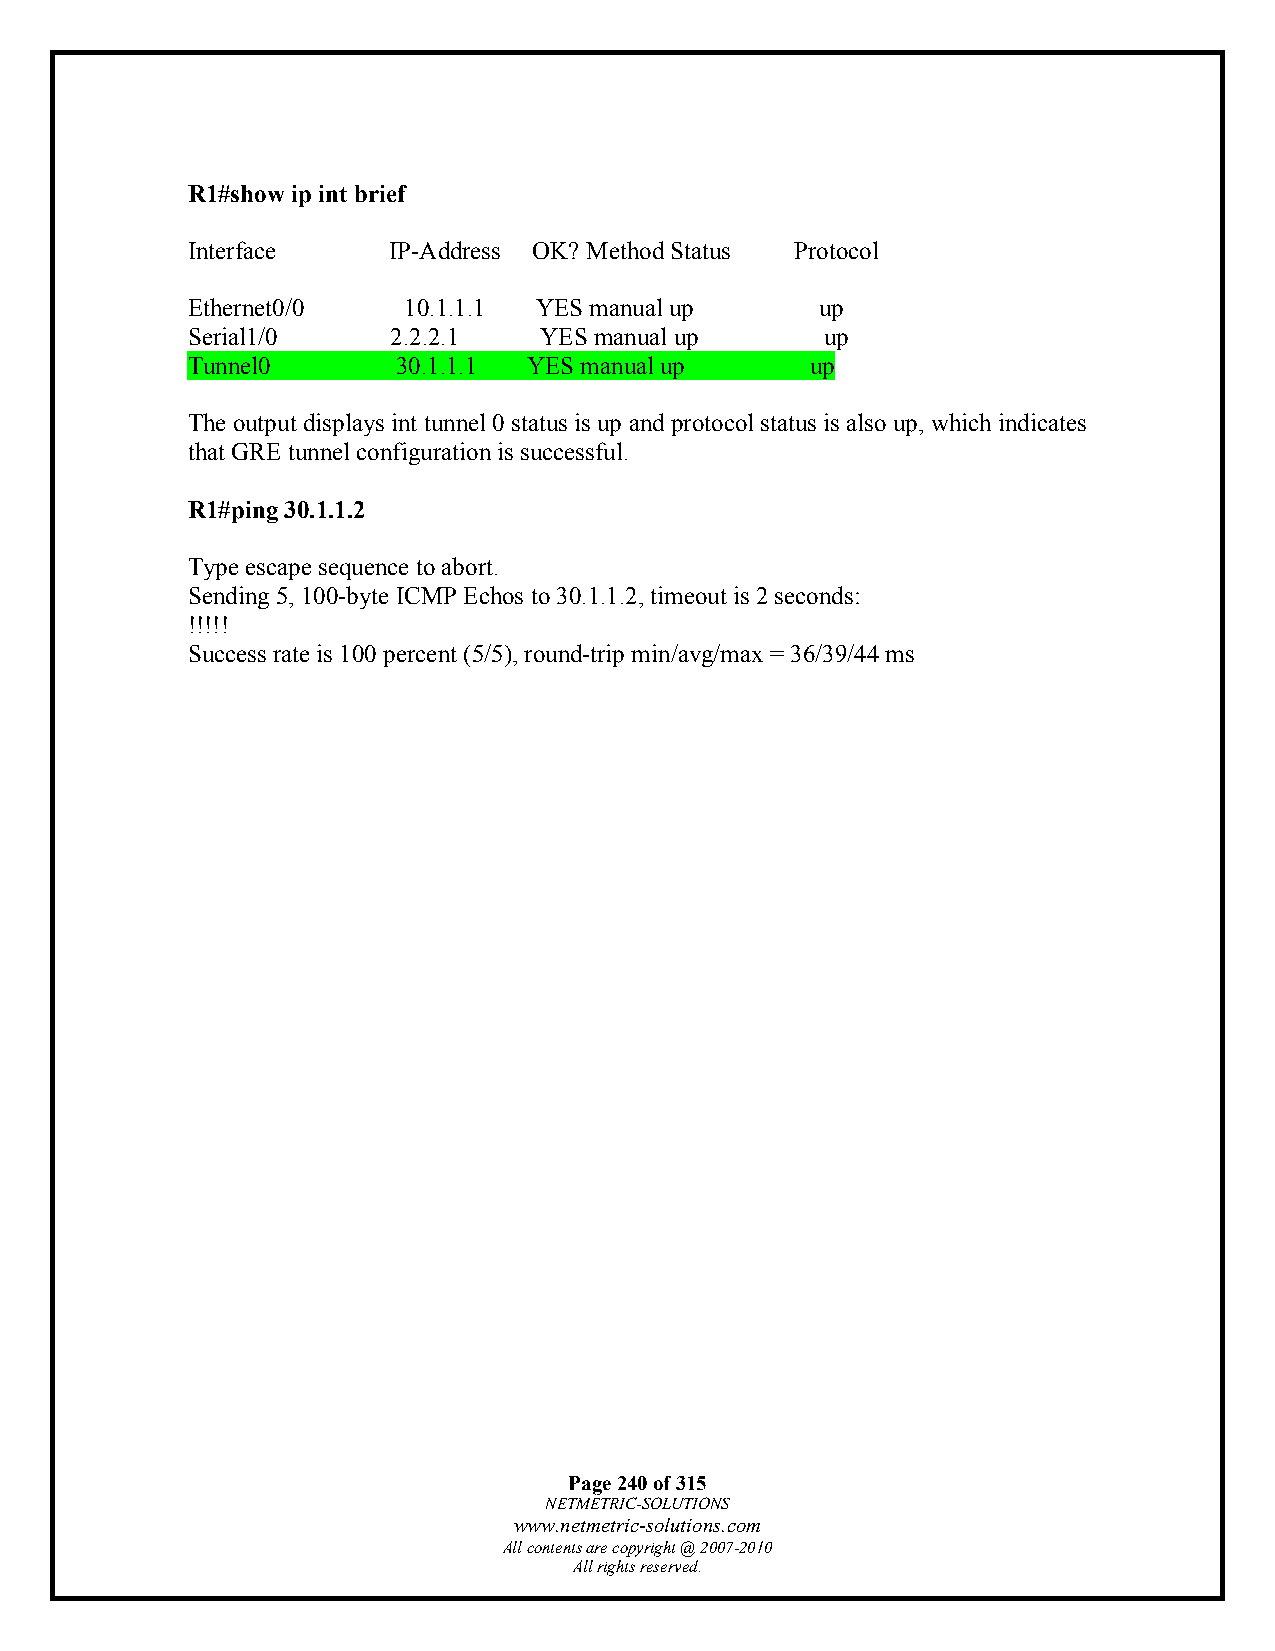
R1#show ip int brief
 Interface     IP-Address OK? Method Status Protocol
 Ethernet0/0    10.1.1.1 YES manual up     up
 Serial1/0     2.2.2.1   YES manual up      up
 Tunnel0       30.1.1.1 YES manual up      up
 The output displays int tunnel 0 status is up and protocol status is also up, which indicates
 that GRE tunnel configuration is successful.
 R1#ping 30.1.1.2
 Type escape sequence to abort.
 Sending 5, 100-byte ICMP Echos to 30.1.1.2, timeout is 2 seconds:
 !!!!!
 Success rate is 100 percent (5/5), round-trip min/avg/max = 36/39/44 ms
 Page 240 of 315
 NETMETRIC-SOLUTIONS
 www.netmetric-solutions.com
 All contents are copyright @ 2007-2010
 All rights reserved.